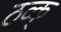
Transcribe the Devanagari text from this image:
ठव्क्